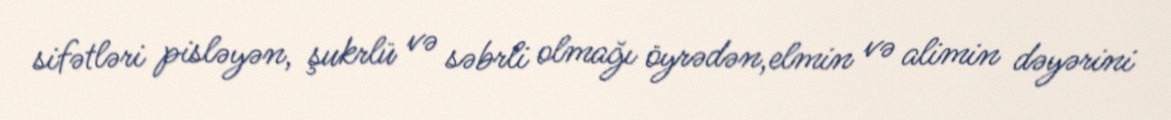
sifətləri pisləyən, şukrlü və səbrli olmağı öyrədən,elmin və alimin dəyərini